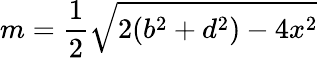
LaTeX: m={\frac{1}{2}}{\sqrt{2(b^{2}+d^{2})-4x^{2}}}